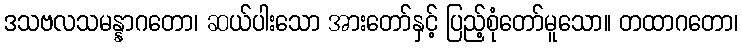
ဒသဗလသမန္နာဂတော၊ ဆယ်ပါးသော အားတော်နှင့် ပြည့်စုံတော်မူသော။ တထာဂတော၊